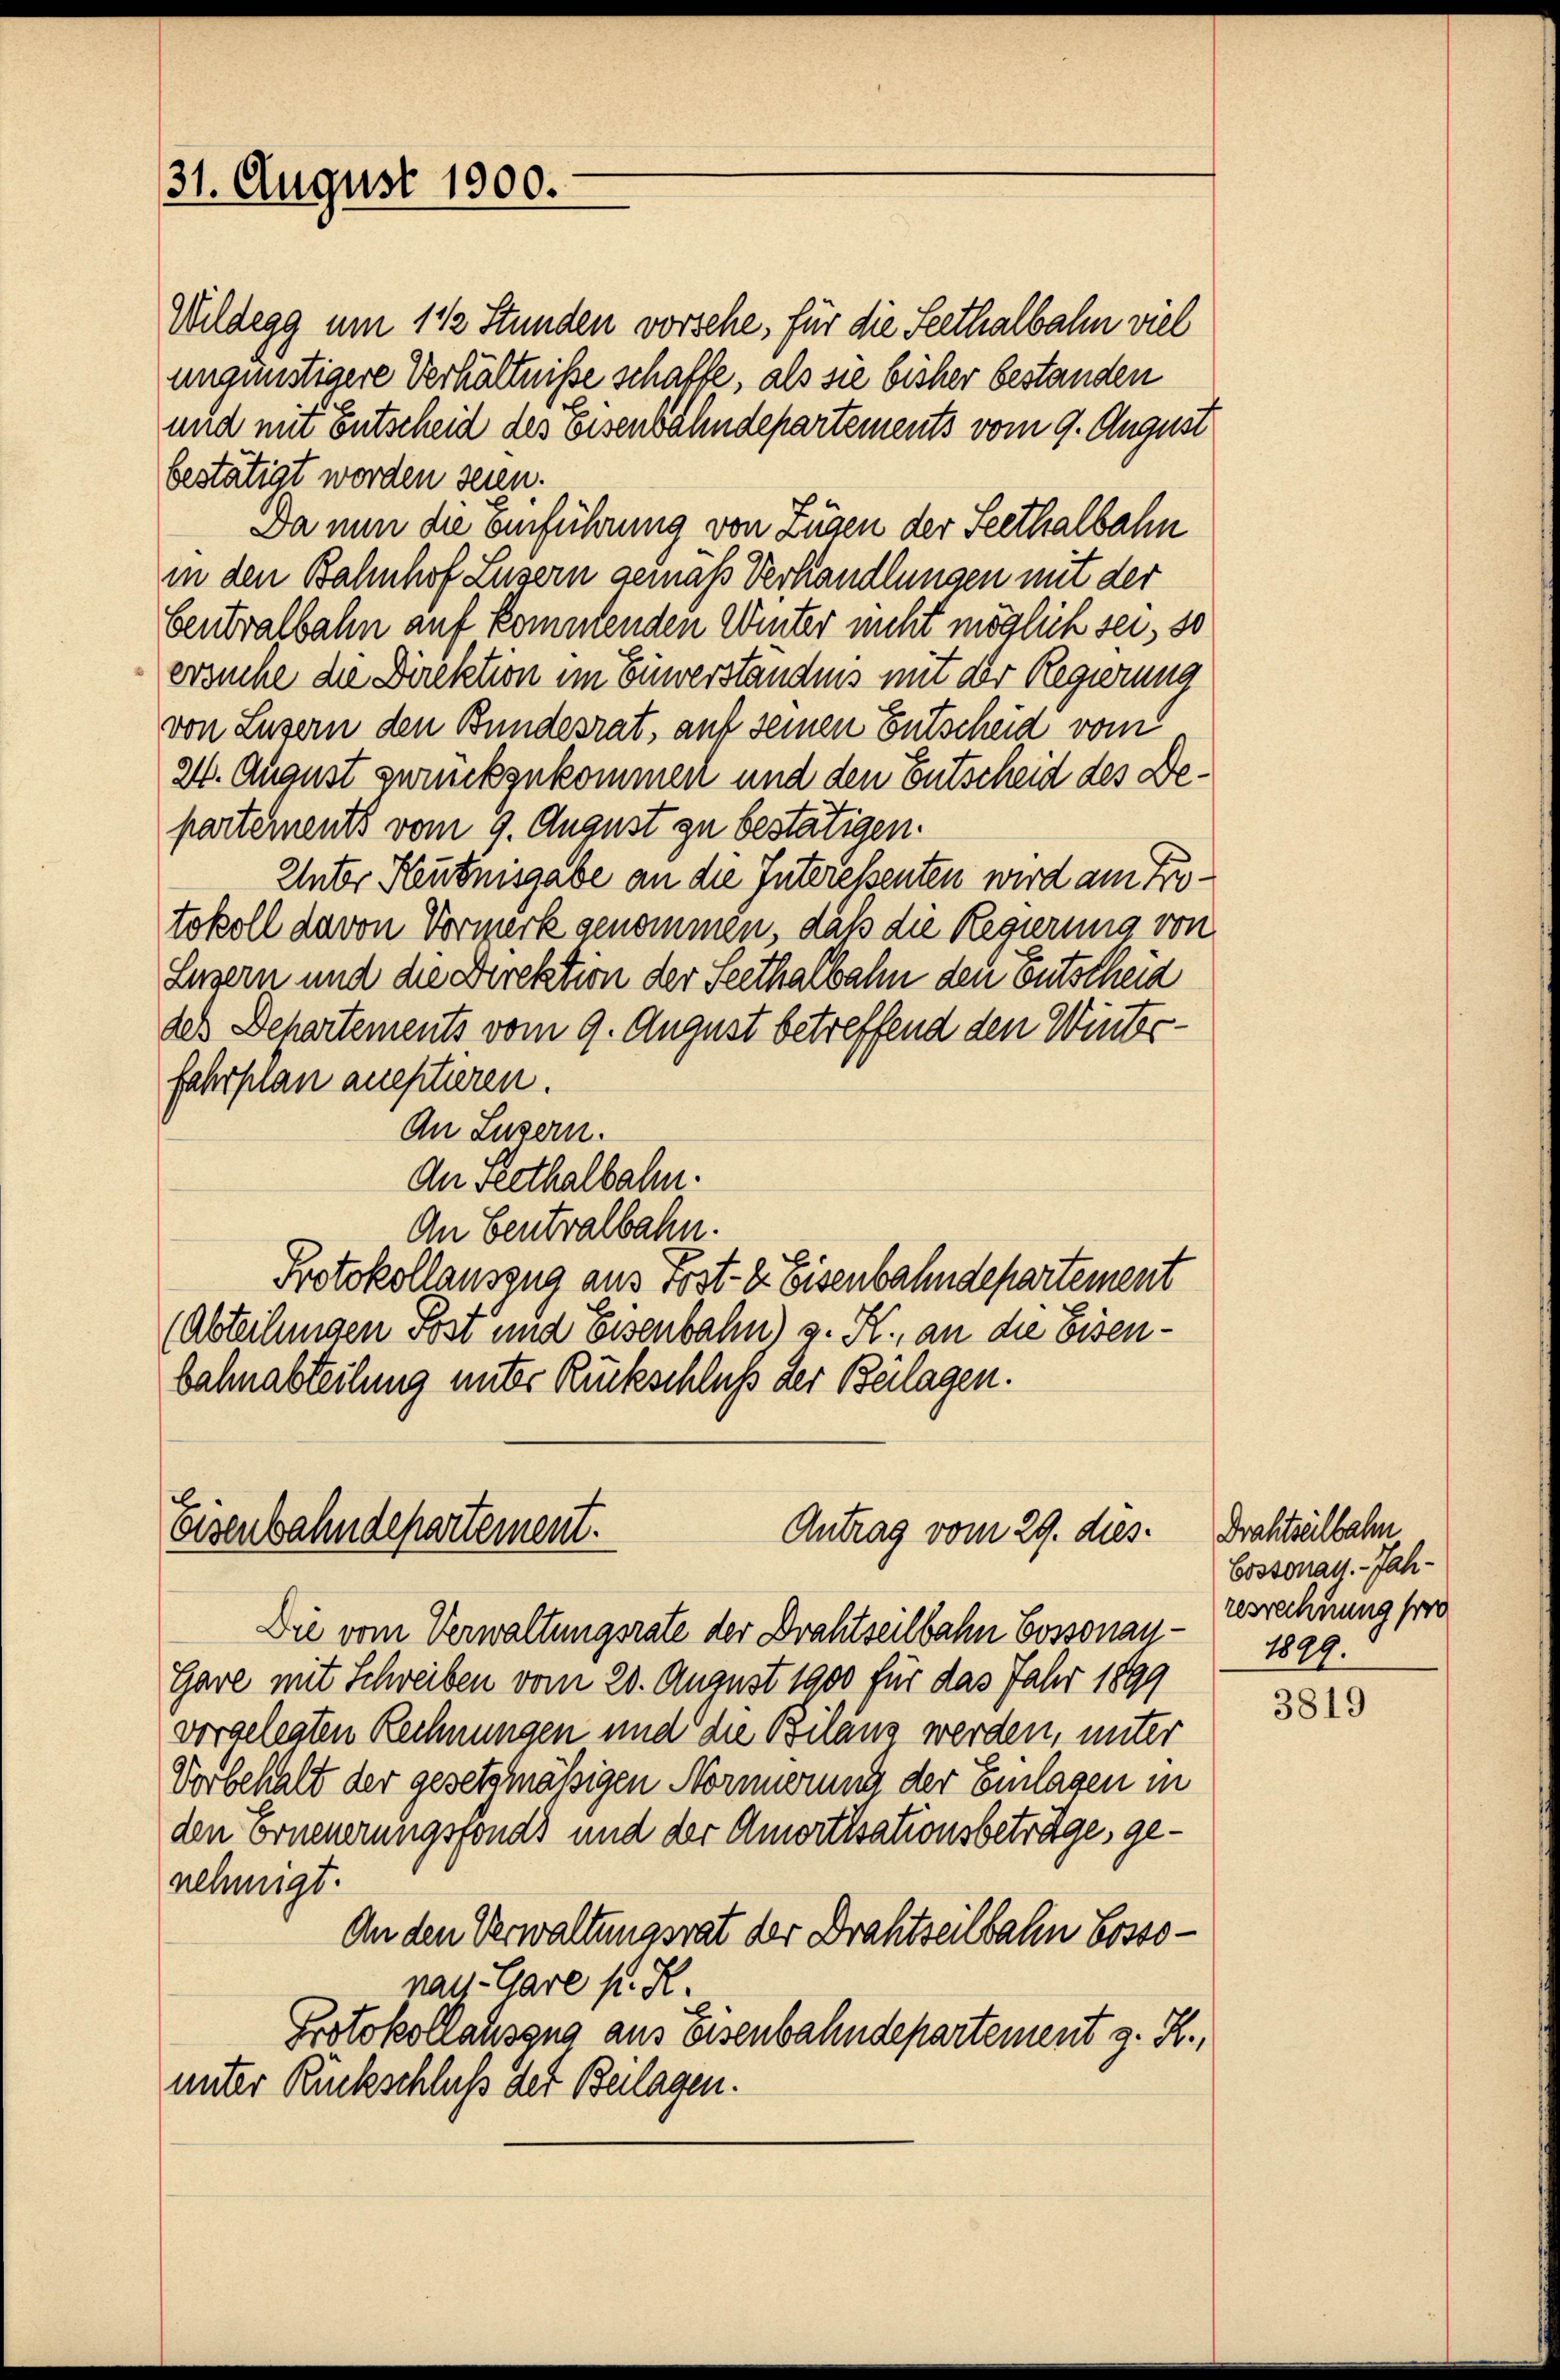
31. August 1900.

Wildegg um 1 ½ Stunden vorsehe, für die Seethalbahn viel
ungünstigere Verhältniße schaffe, als sie bisher bestanden
und mit Entscheid des Eisenbahndepartements vom 9. August
bestätigt worden seien.
Da nun die Einführung von Zügen der Seethalbahn
in den Bahnhof Luzern gemäß Verhandlungen mit der
bentralbahn auf kommenden Winter nicht möglich sei, so
ersuche die Direktion im Einverständnis mit der Regierung
von Luzern den Bundesrat, auf seinen Entscheid vom
24. August zurückzukommen und den Entscheid des Departements vom 9. August zu bestätigen.
Unter Heutnisgabe an die Interessenten wird am Protokoll davon Vormerk genommen, daß die Regierung von
Luzern und die Direktion der Seethalbahn den Entscheid
des Departements vom 9. August betreffend den Winterfahrplan auestieren.
An Luzern.
An Seethalbahn.
An Centralbahn.
Protokollauszug aus Post- & Eisenbahndepartement
(Abteilungen Post und Eisenbahn) v. K., an die Eisenbahnabteilung unter Rückschluß der Beilagen.

Eisenbahndepartement.
Antrag vom 29. dies

Gare mit Schreiben vom 20. August 1900 für das Jahr 1899
vorgelegten Rechnungen und die Bilanz werden, unter
Vorbehalt der gesetzmäßigen Normierung der Einlagen in
den Erneuerungsfonds und der Amortisationsbeträge, genehmigt.
An den Verwaltungsrat der Drahtseilbahn Cossopant. Gare P. R.
Protokollauszug aus Eisenbahndepartement z. R.,
unter Rückschluß der Beilagen.

Die vom Verwaltungsrate der Drahtseitbahn Cossonau - 1899.

Drahtzeitbahn
Cossonals. - Jah-
resrechnung soro

3819